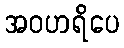
အဝဟရိပေ